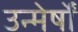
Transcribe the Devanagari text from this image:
उन्मेर्षों